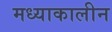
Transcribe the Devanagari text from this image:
मध्याकालीन